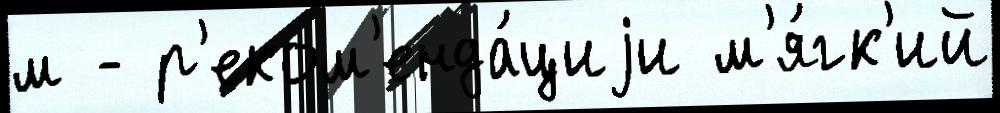
м - р'еком'енда́циjи м'я́гк'ий